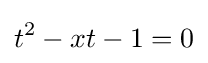
t^{2}-xt-1=0